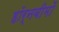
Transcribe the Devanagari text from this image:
हॉर्नबीमों